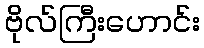
ဗိုလ်ကြီးဟောင်း